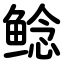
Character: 鲶